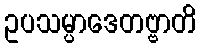
ဥပသမ္ပာဒေတဗ္ဗာတိ